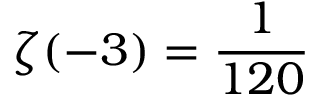
\zeta ( - 3 ) = { \frac { 1 } { 1 2 0 } }